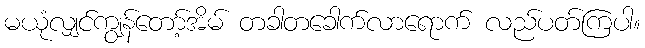
မယုံလျှင်ကျွန်တော့်အိမ် တခါတခေါက်လာရောက် လည်ပတ်ကြပါ။